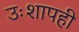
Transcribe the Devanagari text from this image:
उःशापही